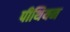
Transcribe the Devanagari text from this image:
पीथियन